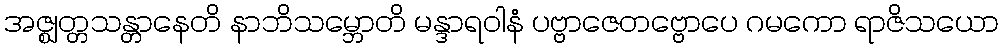
အဇ္ဈတ္တသန္တာနေတိ နာဘိသမ္ဘောတိ မန္ဒာရဝါနံ ပဗ္ဗာဇေတဗ္ဗောပေ ဂမကော ရာဇိသယော